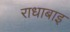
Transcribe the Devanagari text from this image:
राधाबाइ